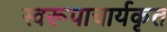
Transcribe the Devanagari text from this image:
स्वरूपाचार्यकृत